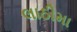
લાઠીમા